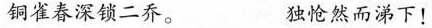
铜雀春深锁二乔。 独怆然而涕下！